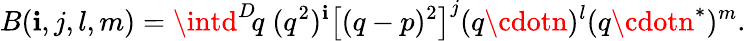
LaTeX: B(\mathbf{i},j,l,m)=\intd^{D}\! q\; (q^{2})^{\mathbf{i}}\left[(q-p)^{2}\right]^{j}(q\cdotn)^{l}(q\cdotn^{*})^{m}.